Vaccination in the Punjab 1919-1929 - 1919-1929
Year: 1919
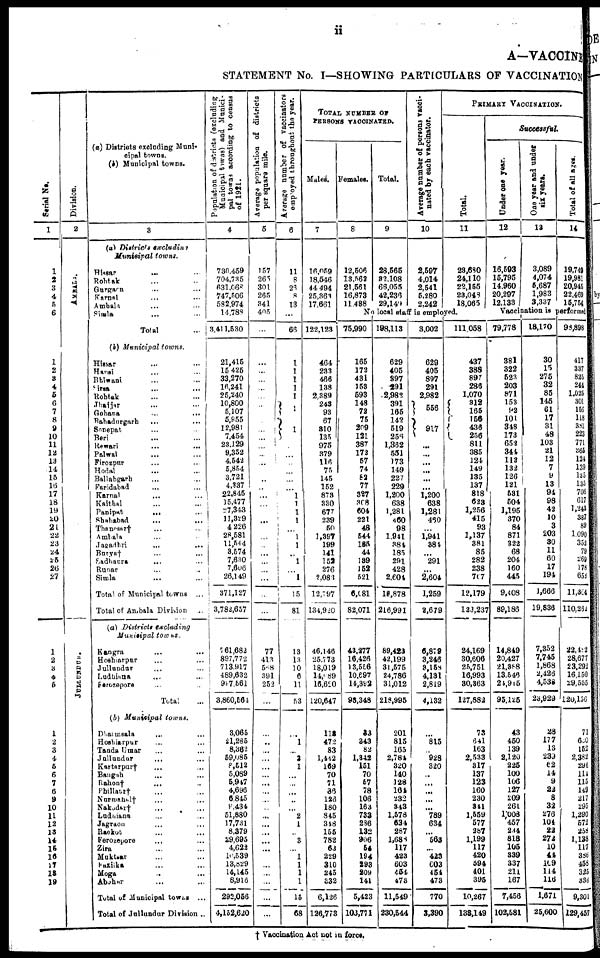
ii
A—VACCINE
STATEMENT No. I—SHOWING PARTICULARS OF VACCINATION
Serial No.
1
1
2
3
4
5
6
1
2
3
4
5
6
7
8
9
10
11
12
13
14
15
16
17
18
19
20
21
22
23
24
25
26
27
1
2
3
4
5
1
2
3
4
5
6
7
6
9
10
11
12
13
14
15
16
17
18
19
Division.
2
AMBALA.
JULLUNDUR.
(a) Districts excluding Muni¬
cipal towns.
(b) Municipal towns.
3
(a) Districts
excluding
Municipal
towns.
Hissar ... ...
Rohtak ... ...
Gurgaon ... ...
Karnal ... ...
Ambala ... ...
Simla ... ...
Total
...
(b) Municipal
towns.
Hissar
...
...
Hansi ... ...
Bhiwani ... ...
Sirsa ... ...
Rohtak ... ...
Jhajjar ... ...
Gohana
...
...
Bahadurgarh ... ...
Sonepat ... ...
Beri
... ...
Rewari
...
...
Palwal ... ...
Firozpur ... ...
Hodal ... ...
Ballabgarh ... ...
Faridabad ... ...
Karnal ... ...
Kaithal ... ...
Panipat
... ...
Shahabad ... ...
Thanesar† ... ...
Ambala ... ...
Jagadhri ... ...
Burya† ... ...
Sadhaura ... ...
Runar ... ...
Simla ... ...
Total of Municipal towns ...
Total of Ambala Division ...
(a) Districts
excluding
Municipal
towns.
Kangra ... ...
Hoshiarpur ... ...
Jullundur ... ...
Ludhiana ... ...
Firozepore ... ...
Total ...
(b) Municipal
towns.
Dharmsala ... ...
Hoshiarpur ... ...
Tanda Umar ... ...
Jallundur ... ...
Kartarpur† ... ...
Bangah ... ...
Rahon† ... ...
Phillant† ... ...
Nurmahal† ... ...
Nakodar† ... ...
Ludhiana ... ...
Jagraon ... ...
Raekot ... ...
Ferozepore ... ...
Zira ... ...
Muktsar ... ...
Fazilka ... ...
Moga ... ...
Abohar ... ...
Total of Municipal towns ...
Total of Jullundur Division ..
Population of districts (excluding
Municipal towns) and Munici-
pal towns according to census
of 1921.
4
730,459
704,735
631,068
747,506
582,974
14,788
3,411,530
21,415
15,425
33,270
16,241
25,240
10,800
5,107
5,955
12,981
7,454
23,129
9,352
4,542
5,854
3,721
4,337
22,845
15,477
27,343
11,329
4,226
28,581
11,544
3,574
7,630
7,606
26,149
371,127
3,782,657
761,682
897,772
713,917
489,632
997,561
3,860,564
3,065
21,285
8,362
59,085
8,512
5,089
5,947
4,696
6,845
9,434
51,880
17,731
8,379
29,695
4,622
10,539
13,829
14,145
8,918
292,056
4,152,620
Average population of districts
per square mile.
5
157
265
301
265
341
405
...
...
...
...
...
...
...
...
...
...
...
...
...
...
...
...
...
...
...
...
...
...
...
...
...
...
...
...
...
...
77
413
588
391
252
...
...
...
...
...
...
...
...
...
...
...
...
...
...
...
...
...
...
...
...
...
...
Average number of vaccinators
employed throughout the year.
6
11
8
26
8
13
...
66
1
1
1
1
1
1
1
...
...
...
...
...
...
1
1
1
1
...
1
1
...
1
...
1
15
81
13
13
10
6
11
53
...
1
...
3
1
...
...
...
...
...
2
1
...
3
...
1
1
1
1
15
68
TOTAL NUMBER OF
PERSONS VACCINATED.
Males.
7
16,059
18,546
44 494
25,363
17,661
122,123
464
233
466
138
2,389
243
93
67
310
135
975
379
116
75
145
152
873
330
677
239
50
1,397
199
141
152
276
2,083
12,797
134,920
46,146
25,773
18,019
14,089
16,620
120,647
113
472
83
1,442
169
70
71
36
126
180
845
348
155
782
63
229
310
245
332
6,126
126,773
Females.
8
12,506
13,562
21,561
16,873
11,488
Total.
9
28,565
32,108
66,055
42,236
29,149
A verage number of persons vacci-
nated by each vaccinator.
10
2,597
4,014
2,541
5,280
2,242
PRIMARY VACCINATION.
Total.
11
23,680
24,110
22,155
23,048
18,065
No local staff is employed.
75,990
165
172
431
153
593
148
72
75
209
121
387
172
57
74
82
77
327
308
604
221
48
544
185
44
189
152
521
6,081
82,071
43,277
16,426
13,556
10,697
14,392
98,348
83
343
82
1,342
151
70
57
78
106
163
733
286
132
906
54
194
293
209
141
5,423
103,771
198,113
629
405
397
291
2,982
391
165
142
519
256
1,362
551
173
149
227
229
1,200
638
1,281
460
98
1,941
384
185
291
428
2,604
18,878
216,991
89,423
42,199
31,575
24,786
31,012
218,995
201
815
165
2,784
320
140
128
164
232
343
1,578
634
287
1,688
117
423
603
454
478
11,549
230,544
3,002
629
405
897
291
2,982
556
917
...
...
...
...
...
...
1,200
638
1,281
460
...
1,941
384
...
291
...
2,604
1,259
2,679
6,879
3,246
3,158
4,131
2,819
4,132
...
815
...
928
320
...
...
...
...
...
789
634
...
563
...
423
603
454
473
770
3,390
111,058
437
388
897
286
1,070
312
165
156
436
256
811
385
124
149
135
137
818
623
1,256
415
93
1,137
381
85
282
238
707
12,179
123,237
24,169
30,606
25,751
16,993
30,363
127,882
73
641
163
2,533
317
137
123
160
230
341
1,559
577
287
1,199
117
420
594
401
395
10,267
138,149
Successful.
Under
one year.
12
16,593
15,795
14,960
20,297
12,133
One year and under
six years.
13
3,089
4,074
5,687
1,983
3,337
Total of all ages.
14
19,749
19,981
20,945
22,469
15,754
Vaccination is performed
79,778
381
322
523
203
871
153
92
101
348
173
652
344
112
132
126
121
531
504
1,195
370
84
871
322
68
204
160
445
9,408
89,186
14,849
20,427
21,388
13,546
24,915
95,125
43
450
139
2,120
225
100
106
127
209
261
1,008
457
234
818
105
339
337
211
167
7,456
102,581
18,170
30
15
275
32
85
145
61
17
31
48
103
21
12
7
9
13
94
98
42
10
3
203
30
11
60
17
194
1,666
19,836
7,352
7,745
1,868
2,426
4,538
23,929
28
177
13
239
62
14
9
22
8
32
276
104
22
272
10
44
109
114
116
1,671
25,600
98,898
417
337
825
244
1,025
301
156
118
381
223
771
365
124
139
135
135
706
617
1,243
387
89
1,090
352
79
269
178
653
11,364
110,262
22,482
28,677
23,292
16,150
29,555
120,156
71
650
152
2,382
296
114
115
149
217
295
1,290
572
258
1,138
117
386
458
325
336
9,301
129,457
† Vaccination Act not in force.